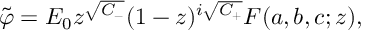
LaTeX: \tilde { \varphi } = E _ { 0 } z ^ { \sqrt { C _ { - } } } ( 1 - z ) ^ { i \sqrt { C _ { + } } } F ( a , b , c ; z ) ,